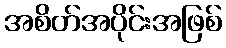
အစိတ်အပိုင်းအဖြစ်